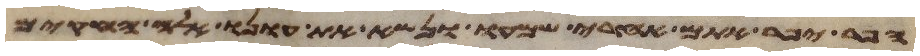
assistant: הפר יפיר אתם אחרי שמעו ונשא את עונו אלה החקים